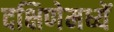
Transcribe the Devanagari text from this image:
दक्षिणेमध्यें